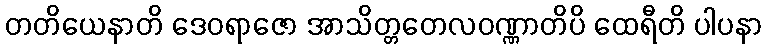
တတိယေနာတိ ဒေဝရာဇော အာသိတ္တတေလဝဏ္ဏာတိပိ ထေရီတိ ပါပနာ